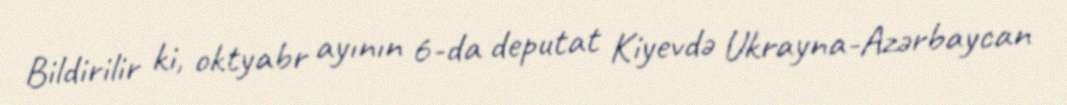
Bildirilir ki, oktyabr ayının 6-da deputat Kiyevdə Ukrayna-Azərbaycan